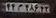
۴۴م۴۸۶۴۳